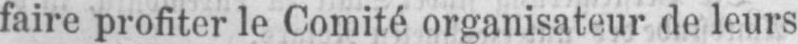
faire profiter le Comité organisateur de leurs